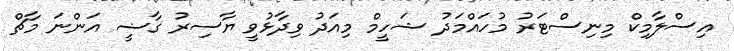
އިސްލާމިކް މިނިސްޓަރު މުހައްމަދު ޝަހީމް މިއަދު ވިދާޅުވީ ޔާސިރު ގާޟީ އަންނަ މާޗް